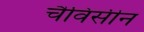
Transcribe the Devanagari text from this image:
चैविसीन